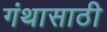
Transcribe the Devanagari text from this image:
गंथासाठी